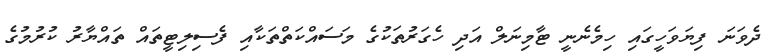
ދެވަނަ ފިޔަވަހީގައި ހިމެނެނީ ޓާމިނަލް އަދި ހެގަރުތަކުގެ މަސައްކަތްތަކާއި ފެސިލިޓީތައް ތައްޔާރު ކުރުމުގެ